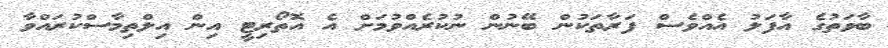
ބާވަތުގެ އާފަލު އެއްވެސް ފަރާތަކުން ބޭނުން ނުކުރެއްވުމަށް އެ އޮތޯރިޓީ އިން އިލްތިމާސްކުރައްވާ